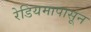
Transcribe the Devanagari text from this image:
रेडियमापासून